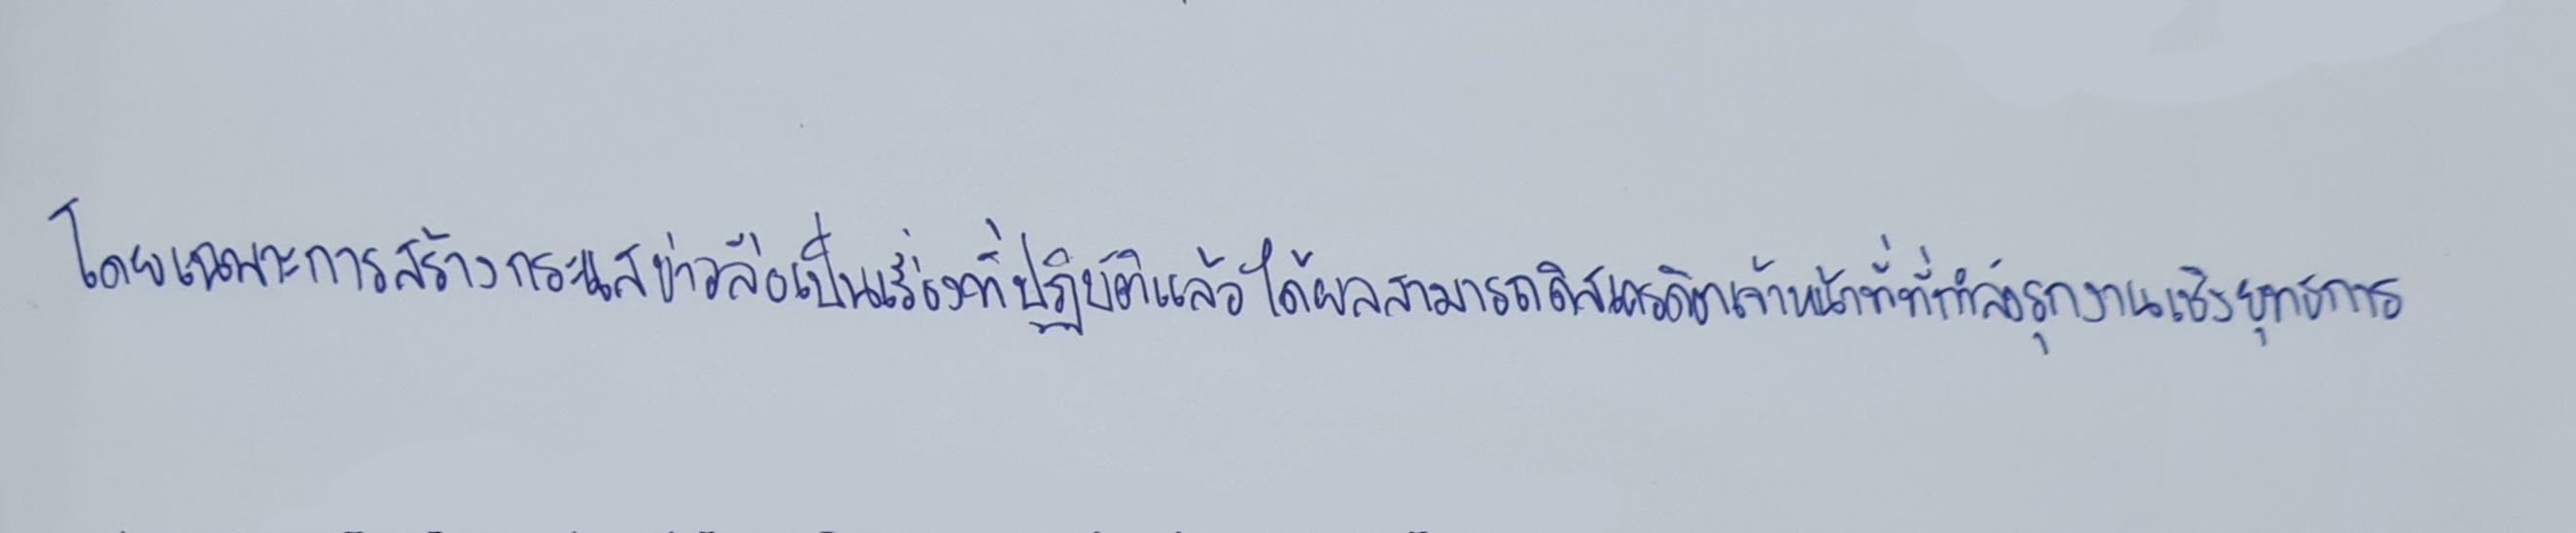
โดยเฉพาะการสร้างกระแสข่าวลือเป็นเรื่องที่ปฏิบัติแล้วได้ผลสามารถดิสเครดิตเจ้าหน้าที่ที่กำลังรุกงานเชิงยุทธการ